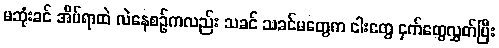
မဆုံးခင် အိပ်ရာထဲ လဲနေစဉ်ကလည်း သခင် သခင်မတွေက ငါးတွေ ငှက်တွေလွှတ်ပြီး